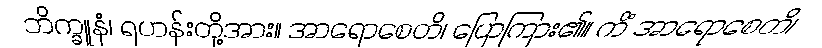
ဘိက္ခူနံ၊ ရဟန်းတို့အား။ အာရောစေတိ၊ ပြောကြား၏။ ကိံ အာရောစေတိ၊